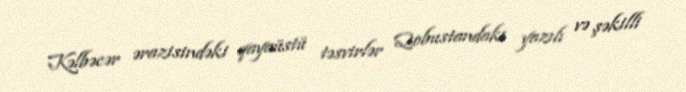
Kəlbəcər ərazisindəki qayaüstü təsvirlər Qobustandakı yazılı və şəkilli